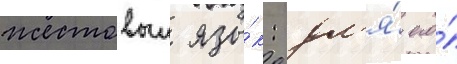
жестовыи язы́к: дл'я́ его́